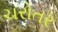
ચરોતર